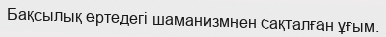
Бақсылық ертедегі шаманизмнен сақталған ұғым.